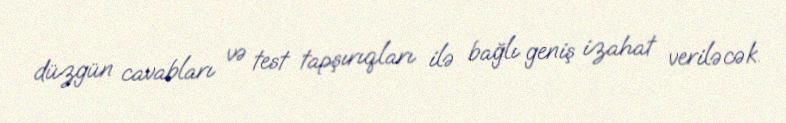
düzgün cavabları və test tapşırıqları ilə bağlı geniş izahat veriləcək.